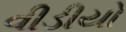
વીડીયો